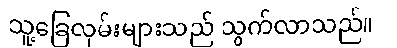
သူ့ခြေလှမ်းများသည် သွက်လာသည်။